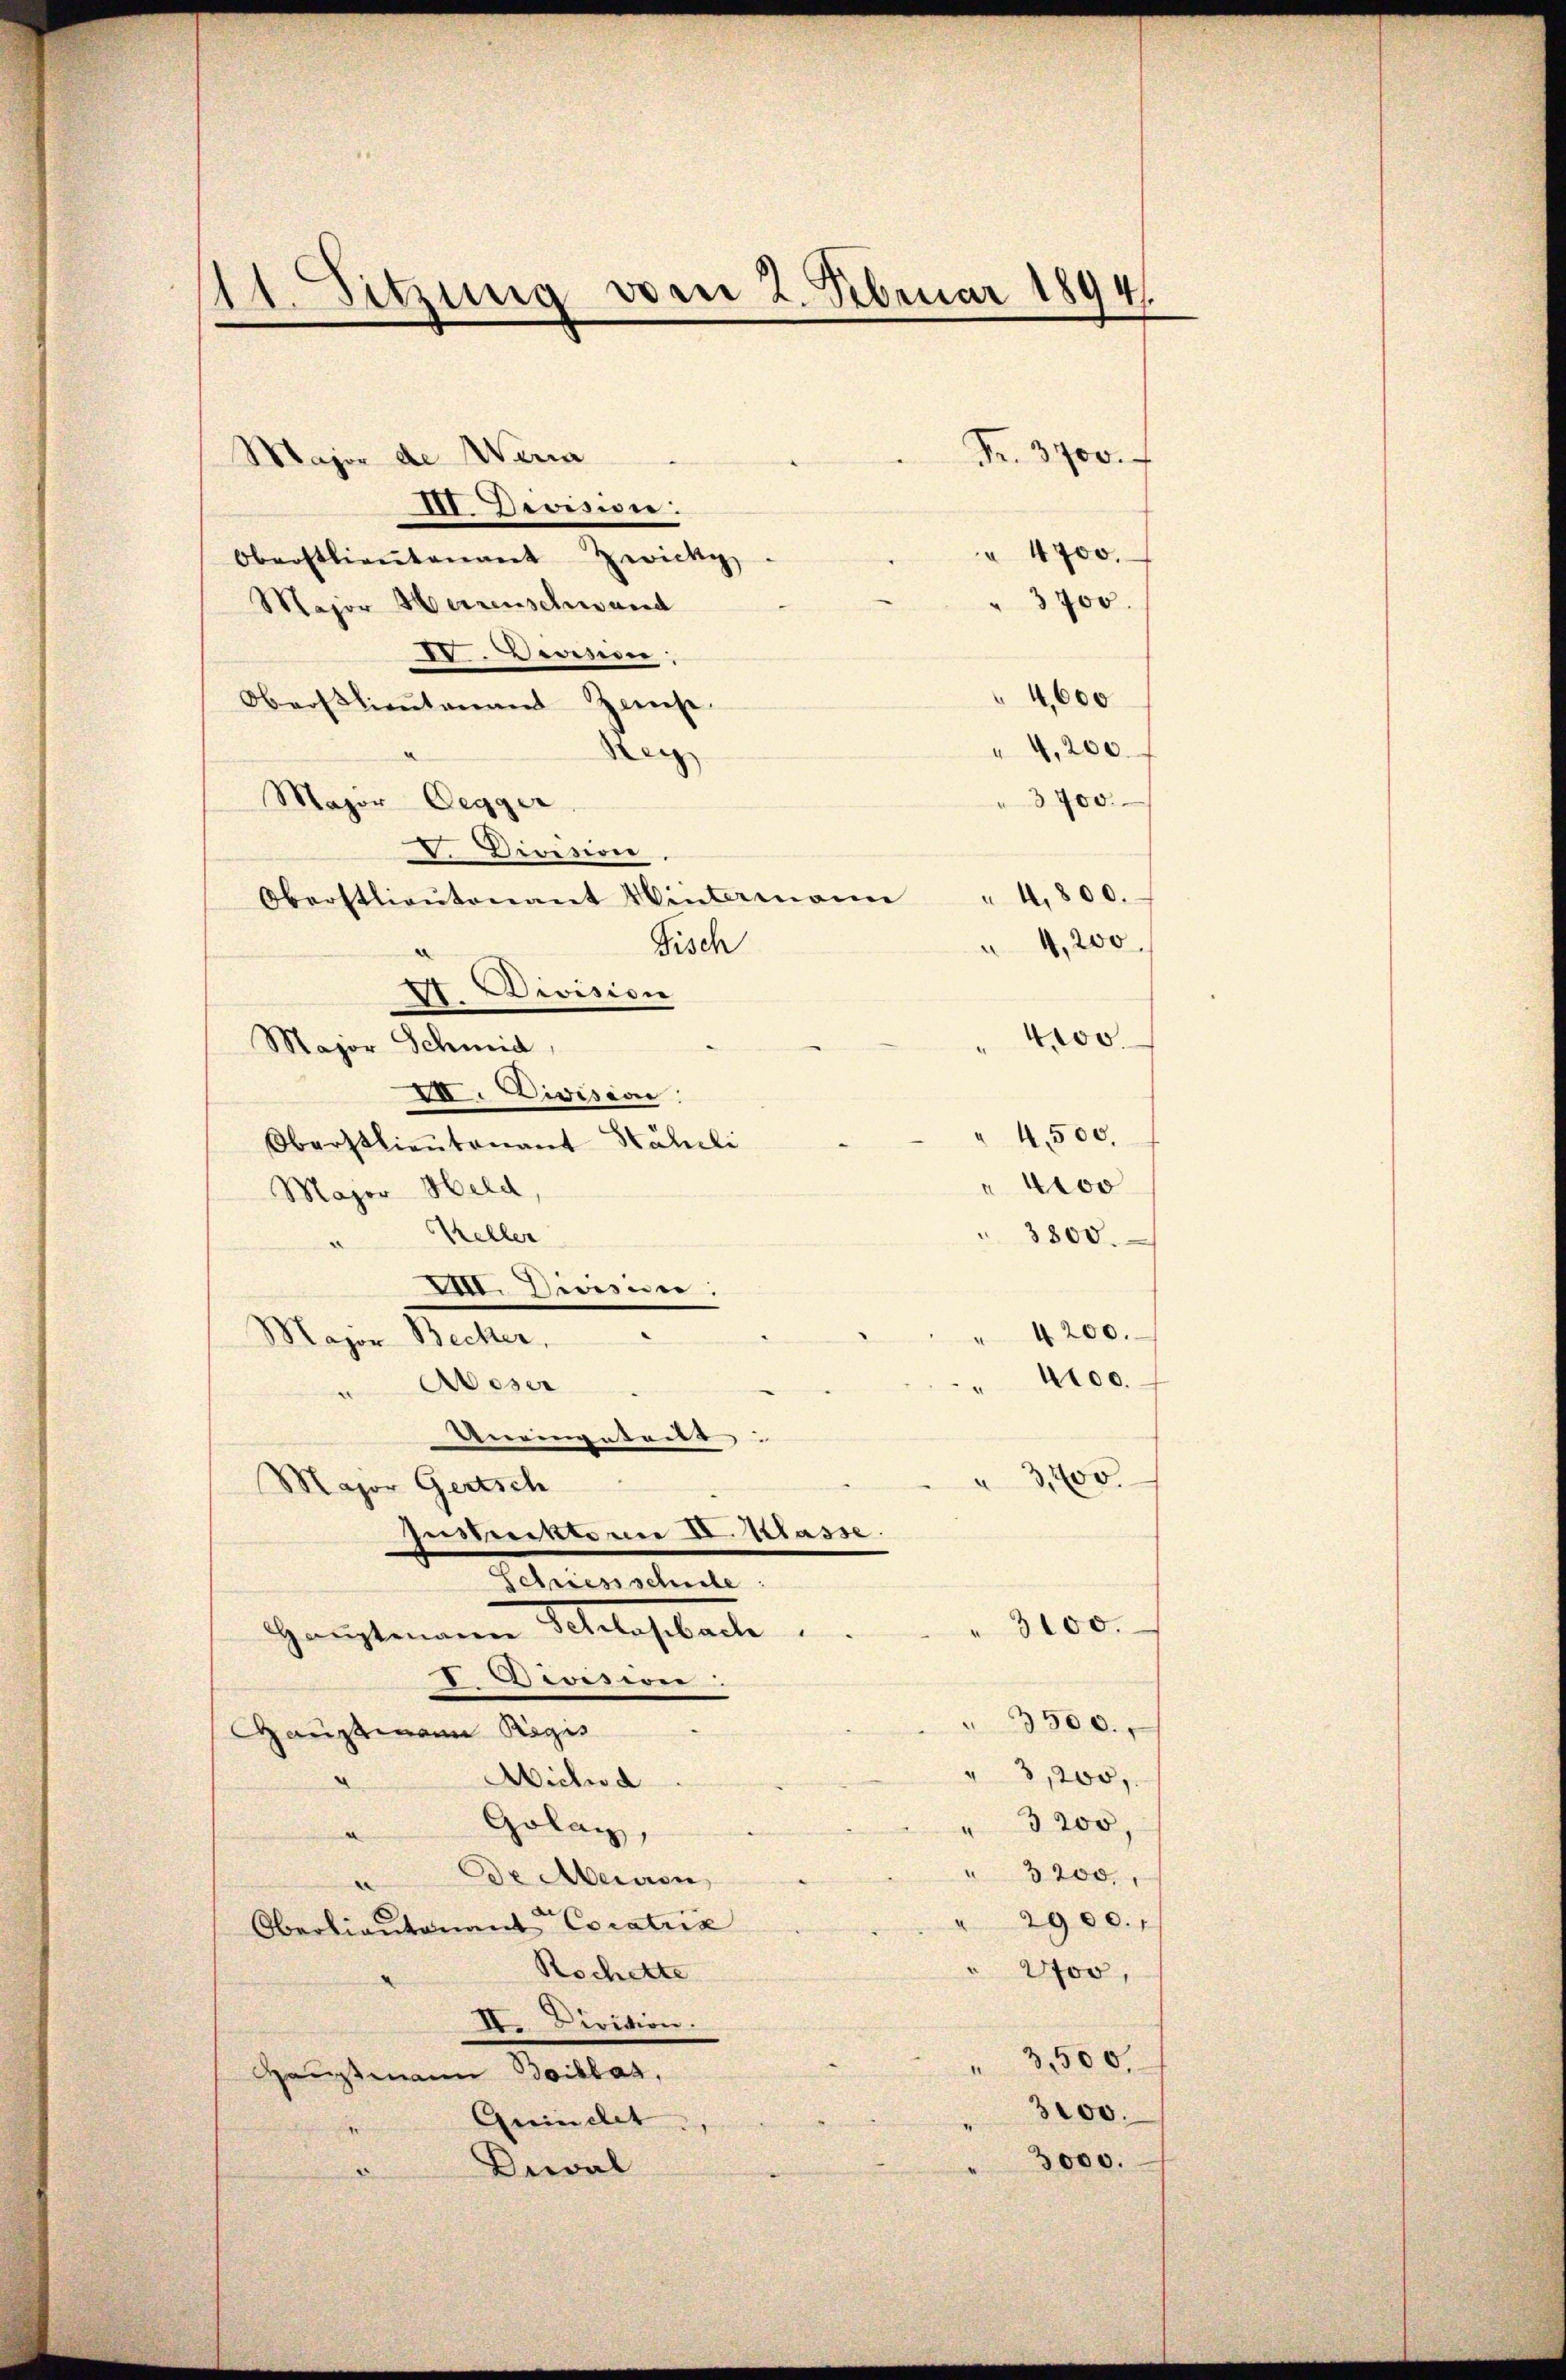
11. Sitzung vom 2. Februar 1894.

Major de Maria
III. Division:
Oberstlieutenant Zwick
Major Herrenschwand
IV. Verdien
4,600
Oberstlieutenamt Zwiese
4,200.
e
3400.
Major-Oegger
V. Division
4,800.
Oberstlieutenant Wintermann
4,200.
Fisch
 Division
tes.
Major Schmid,
III. Division
4,500.
Oberstlieutenant Stäheli
eo
Major Held
Keller
3800.
VIII. Division:
4200.
Major Becker,
4100.
Weser
Uneingeteils
3200.
Major Gertsch
Zustettern I. Klasse.
ernstent
3100.
Hauptammenen Metalesibache
I Divisier
3500.
Hauptmann Regis
3,200,
Micher d
.
" 3200,
Golay,
e
3200.
De Meinen,
2900.
Oberlieutenant Cocatria
Rochette
200,
D. Divition.
3,500.
Hauptmann Boiklar,
3200.
Quinclet
" 3000.
Dial

" 4700.
3700

Fr. 3900.